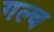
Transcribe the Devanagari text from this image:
गल्च